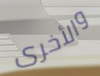
والأخرى